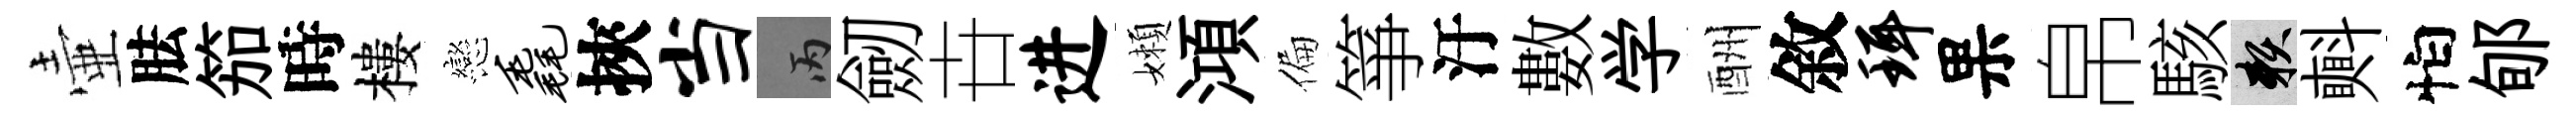
壷胠笳時樓戀毳挾当丙劒卋进嬾澒偏箏汙數学酬敘珥果帛駭賴㪺怕郇